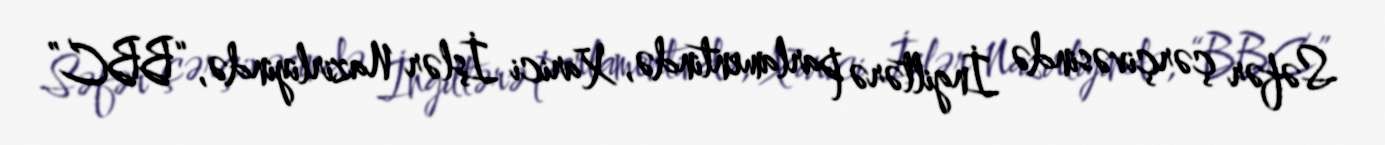
Səfər çərçivəsində İngiltərə parlamentində, Xarici İşlər Nazirliyində, “BBC”